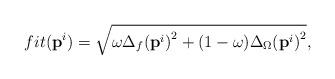
LaTeX: \begin{align*}fit({\textbf{p}}^i) = \sqrt {\omega \Delta_f{{({\textbf{p}}^i)}^2} + (1 - \omega ){\Delta_\Omega}{{({\textbf{p}}^i)}^2}}, \end{align*}